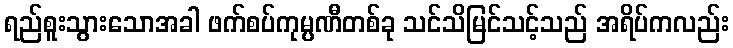
ရည်စူးသွားသောအခါ ဖက်စပ်ကုမ္ပဏီတစ်ခု သင်သိမြင်သင့်သည် အရိပ်ကလည်း